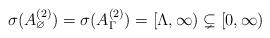
LaTeX: \begin{align*}\sigma(A_\varnothing^{(2)} ) = \sigma(A_{\Gamma}^{(2)}) = [\Lambda , \infty ) \subsetneq [ 0, \infty) \end{align*}